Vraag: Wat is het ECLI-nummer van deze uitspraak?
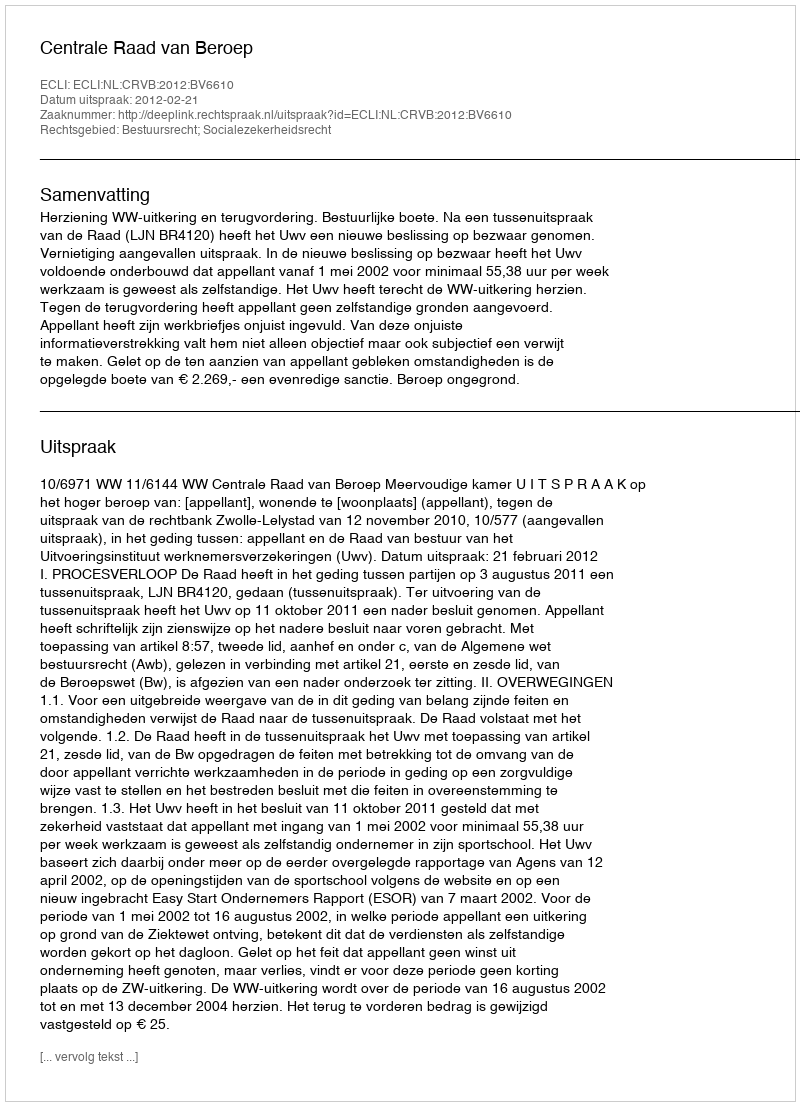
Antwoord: ECLI:NL:CRVB:2012:BV6610